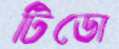
টিডো